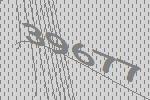
39677